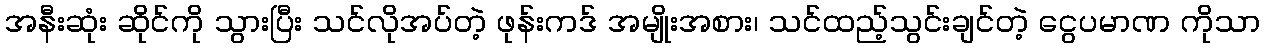
အနီးဆုံး ဆိုင်ကို သွားပြီး သင်လိုအပ်တဲ့ ဖုန်းကဒ် အမျိုးအစား၊ သင်ထည့်သွင်းချင်တဲ့ ငွေပမာဏ ကိုသာ